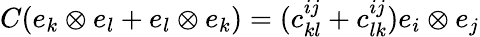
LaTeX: C(e_{k}\otimes e_{l}+e_{l}\otimes e_{k})=(c_{kl}^{ij}+c_{lk}^{ij})e_{i}\otimes e_{j}